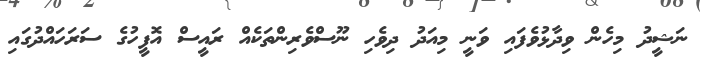
ނަޝީދު މިހެން ވިދާޅުވެފައި ވަނީ މިއަދު ދިވެހި ނޫސްވެރިންތަކެއް ރައީސް އޮފީހުގެ ސަރަހައްދުގައި